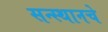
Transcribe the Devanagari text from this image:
सन्स्थानचे